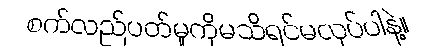
စက်လည်ပတ်မှုကိုမသိရင်မလုပ်ပါနဲ့။